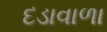
દડાવાળા